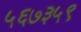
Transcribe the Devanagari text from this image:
५६७३५९